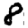
Digit: 8